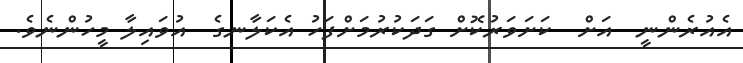
އެއުރެންނީ  އަށް  ކަށަވަރުކޮށް ގަދަކުރުމަށްފަހު އެކަލާނގެ  އުވައިލާ މީހުންނެވެ.